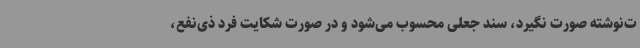
ت‌نوشته صورت نگیرد، سند جعلی محسوب می‌شود و در صورت شکایت فرد ذی‌نفع،